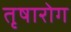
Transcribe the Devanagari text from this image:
तृषारोग